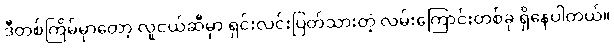
ဒီတစ်ကြိမ်မှာတော့ လူငယ်ဆီမှာ ရှင်းလင်းပြတ်သားတဲ့ လမ်းကြောင်းတစ်ခု ရှိနေပါတယ်။